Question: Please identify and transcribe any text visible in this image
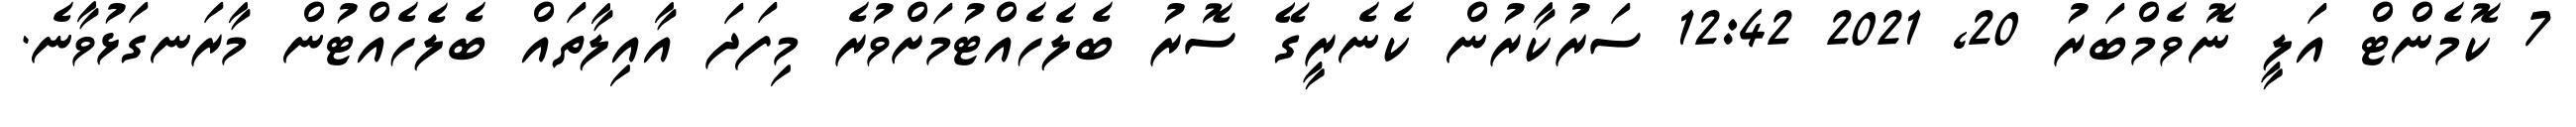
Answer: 7 ކޮމެންޓް އަލީ ނޮވެމްބަރު 20, 2021 12:42 ސަރުކާރުން ކެނެރީގޭ ސޮރު ބެލެހެއްޓުމަށްވުރެ މިފަދަ އާއިލާތައް ބެލެހެއްޓުން މާރަނގަޅުވާނެ.